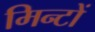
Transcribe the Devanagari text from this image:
मिन्टों